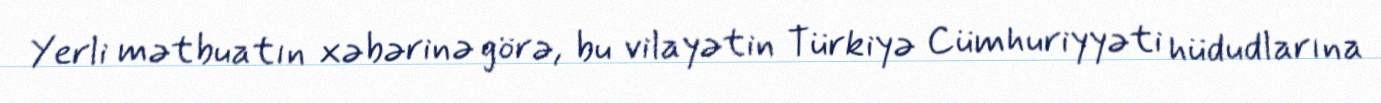
Yerli mətbuatın xəbərinə görə, bu vilayətin Türkiyə Cümhuriyyəti hüdudlarına